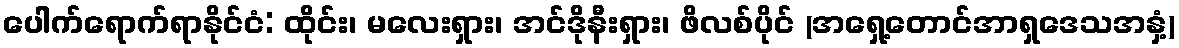
ပေါက်ရောက်ရာနိုင်ငံ: ထိုင်း၊ မလေးရှား၊ အင်ဒိုနီးရှား၊ ဖိလစ်ပိုင် (အရှေ့တောင်အာရှဒေသအနှံ့)